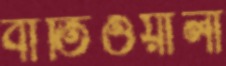
বাতিওয়ালা